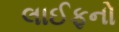
લાઈફનો